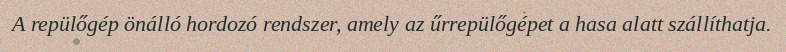
A repülőgép önálló hordozó rendszer, amely az űrrepülőgépet a hasa alatt szállíthatja.